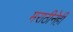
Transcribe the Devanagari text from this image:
मराठीनेही